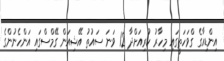
އިންޑިއާގެ ގްވަހަތީގައި މިހާރު ކުރިއަށްދާ 12 ވަނަ ސައުތު އޭޝިއަން ގޭމްސްގައި އަންހެނުންގެ